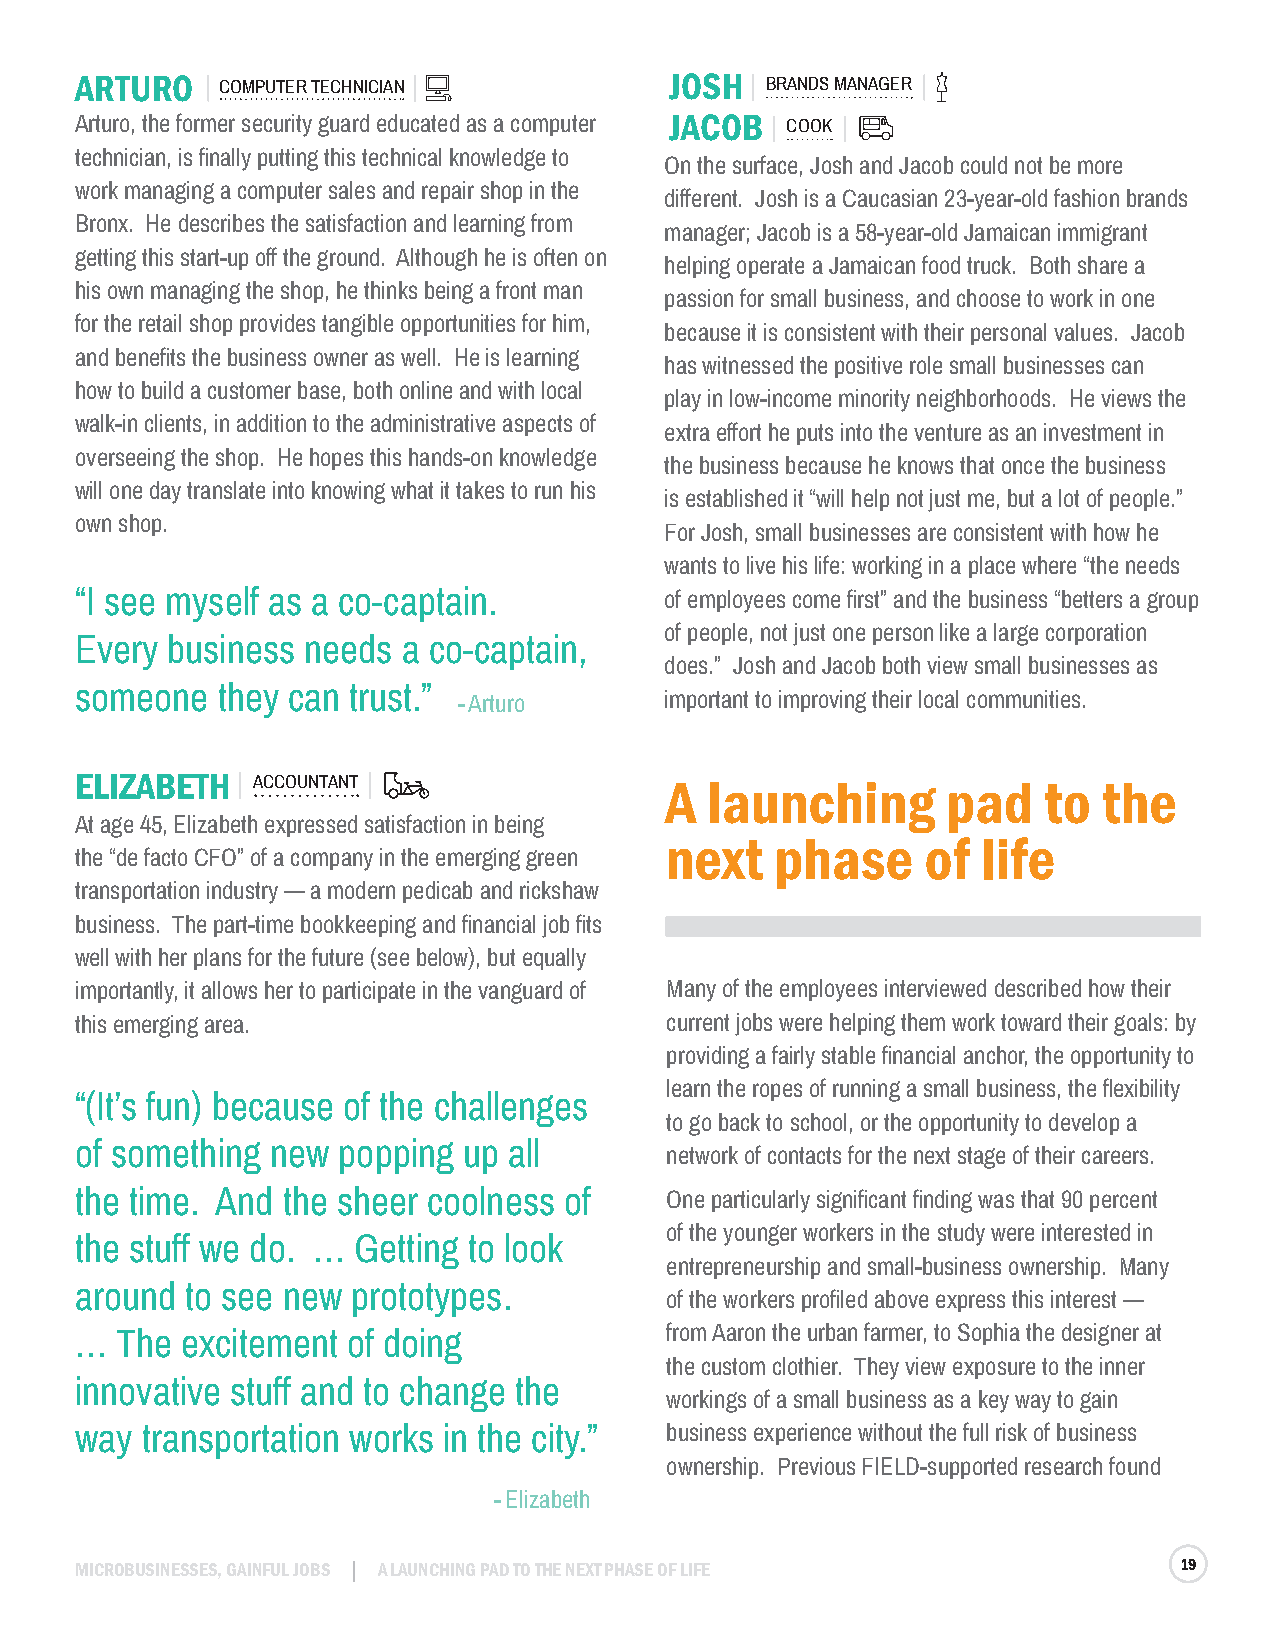
ARTURO   COMPUTER TECHNICIAN           JOSH   BRANDS MANAGER
 Arturo, the former security guard educated as a computer JACOB COOK
 technician, is finally putting this technical knowledge to
 On the surface, Josh and Jacob could not be more
 work managing a computer sales and repair shop in the
 different. Josh is a Caucasian 23-year-old fashion brands
 Bronx. He describes the satisfaction and learning from
 manager; Jacob is a 58-year-old Jamaican immigrant
 getting this start-up off the ground. Although he is often on
 helping operate a Jamaican food truck. Both share a
 his own managing the shop, he thinks being a front man
 passion for small business, and choose to work in one
 for the retail shop provides tangible opportunities for him,
 because it is consistent with their personal values. Jacob
 and benefits the business owner as well. He is learning
 has witnessed the positive role small businesses can
 how to build a customer base, both online and with local
 play in low-income minority neighborhoods. He views the
 walk-in clients, in addition to the administrative aspects of
 extra effort he puts into the venture as an investment in
 overseeing the shop. He hopes this hands-on knowledge
 the business because he knows that once the business
 will one day translate into knowing what it takes to run his
 is established it “will help not just me, but a lot of people.”
 own shop.
 For Josh, small businesses are consistent with how he
 wants to live his life: working in a place where “the needs
 “I see myself as a co-captain.         of employees come first” and the business “betters a group
 of people, not just one person like a large corporation
 Every business needs  a co-captain,
 does.” Josh and Jacob both view small businesses as
 someone  they can trust.”
 - Arturo      important to improving their local communities.
 ELIZABETH   ACCOUNTANT                 A  launching       pad   to  the
 At age 45, Elizabeth expressed satisfaction in being
 next   phase     of  life
 the “de facto CFO” of a company in the emerging green
 transportation industry — a modern pedicab and rickshaw
 business. The part-time bookkeeping and financial job fits
 well with her plans for the future (see below), but equally
 importantly, it allows her to participate in the vanguard of Many of the employees interviewed described how their
 this emerging area.                    current jobs were helping them work toward their goals: by
 providing a fairly stable financial anchor, the opportunity to
 learn the ropes of running a small business, the flexibility
 “(It’s fun) because of the challenges
 to go back to school, or the opportunity to develop a
 of something new popping  up all
 network of contacts for the next stage of their careers.
 the time. And the sheer coolness of    One particularly significant finding was that 90 percent
 of the younger workers in the study were interested in
 the stuff we do. … Getting to look
 entrepreneurship and small-business ownership. Many
 around to see new prototypes.
 of the workers profiled above express this interest —
 …  The excitement of doing             from Aaron the urban farmer, to Sophia the designer at
 the custom clothier. They view exposure to the inner
 innovative stuff and to change the
 workings of a small business as a key way to gain
 way transportation works in the city.” business experience without the full risk of business
 ownership. Previous FIELD-supported research found
 - Elizabeth
 MICROBUSINESSES, GAINFUL JOBS A LAUNCHING PAD TO THE NEXT PHASE OF LIFE  19